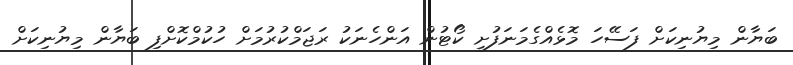
ބަޔާން މިޔުނިކަށް ފަސޭހަ މޮޅެއްގެމަނަފުށީ ކޯޓުން އަންހެނަކު ރަޖަމްކުރުމަށް ހުކުމްކޮށްފި ބަޔާން މިޔުނިކަށް